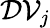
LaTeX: \mathcal{DV}_{j}